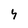
Character: 4